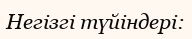
Негізгі түйіндері: